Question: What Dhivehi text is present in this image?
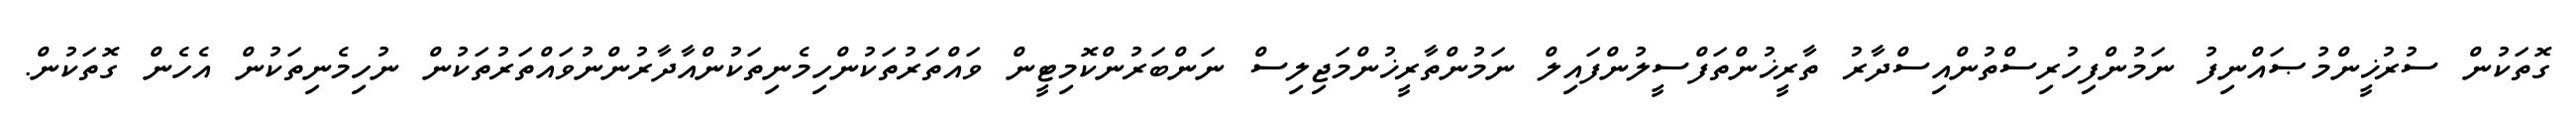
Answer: ގޮތަކުން ސުރުޚީންމުޞައްނިފު ނަމުންފިހުރިސްތުންއިސްދާރު ތާރީޚުންތަފްސީލުންފައިލް ނަމުންތާރީޚުންމަޖިލިސް ނަންބަރުންކޮމިޓީން ވައްތަރުތަކުންހިމެނިތަކުންއާދާރުންނުވައްތަރުތަކުން ނުހިމެނިތަކުން އެހެން ގޮތަކުން.